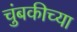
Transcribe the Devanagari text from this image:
चुंबकीच्या